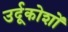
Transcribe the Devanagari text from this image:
उर्दूकोशों